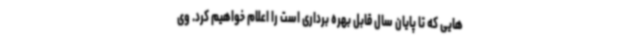
هایی که تا پایان سال قابل بهره برداری است را اعلام خواهیم کرد. وی